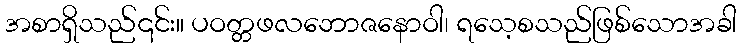
အစာရှိသည်၎င်း။ ပဝတ္တဖလဘောဇနောဝါ၊ ရသေ့စသည်ဖြစ်သောအခါ